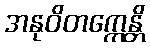
အနုဝိတက္ကေန္တိ